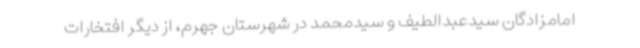
امامزادگان سیدعبدالطیف و سیدمحمد در شهرستان جهرم، از دیگر افتخارات